Assam Mental Hospital (Tezpur, India) - 1933-1948
Year: 1933
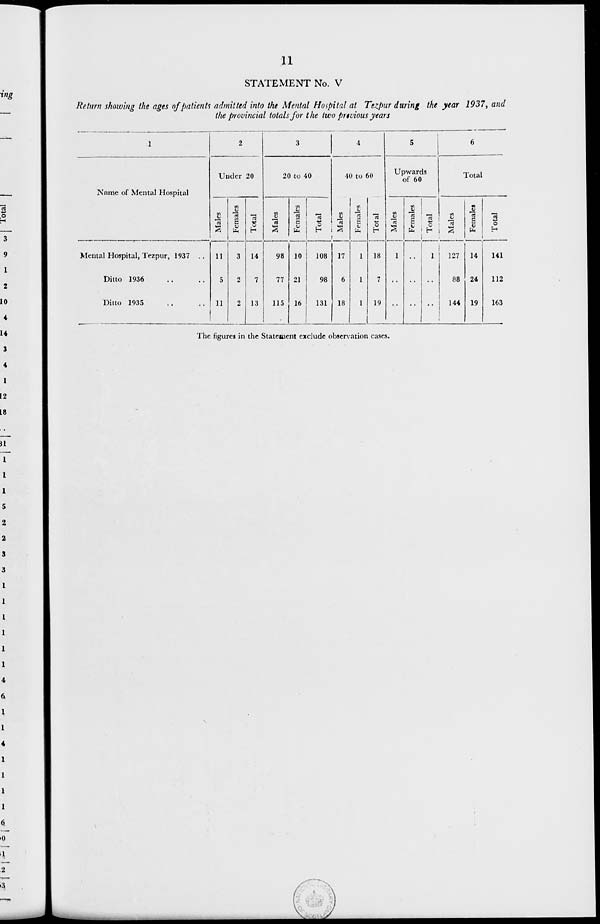
11
STATEMENT No. V
Return showing the ages of patients admitted into the Mental Hospital at Tezpur during the year 1937, and
the provincial totals for the two previous years
1
Name of Mental Hospital
Mental Hospital, Tezpur, 1937 ..
Ditto 1936 .. ..
Ditto 1935 .. ..
2
Under 20
Males
11
5
11
Females
3
2
2
Total
14
7
13
3
20 to 40
Males
98
77
115
Females
10
21
16
Total
108
98
131
4
40 to 60
Males
17
6
18
Females
1
1
1
Total
18
7
19
5
Upwards
of 60
Males
1
..
..
Fe ma l
e s
..
..
..
Total
1
..
..
6
Total
Males
127
88
144
Females
14
24
19
Total
141
112
163
The figures in the Statement exclude observation cases.